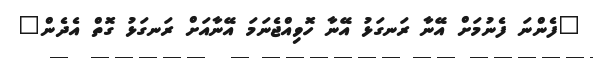
"ފެންނަ ފެނުމަށް އޭނާ ރަނގަޅު އޭނާ ހޮވިއްޖެނަމަ އޭނާއަށް ރަނގަޅު ގޮތް އެދެން"